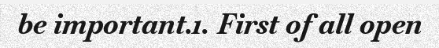
be important.1. First of all open